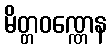
မိတ္တဝဏ္ဏေန